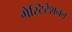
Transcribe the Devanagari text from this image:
गेस्टिटेशनल